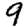
Digit: 9